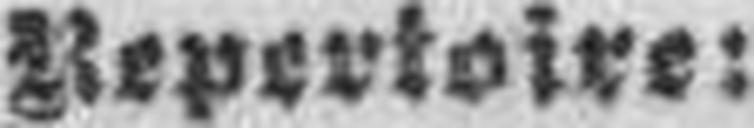
Repertoire: